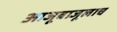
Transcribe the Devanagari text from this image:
आजूबाजूलाच